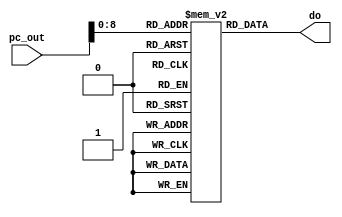
`timescale 1ns / 1ps

module IM(input [31:0]pc_out,output reg [31:0]do); 
reg [31:0] a;
reg [31:0] IM[0:511];

initial begin
IM[100] = 32'h8C220000;
IM[104] = 32'h8C230004; 
end

always @(*)
begin
 a = pc_out;
 do = IM[a];
 
end
endmodule